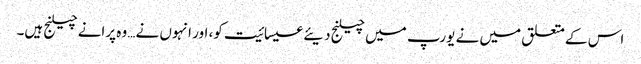
اس کے متعلق میں نے یورپ میں چیلنج دیئے عیسائیت کو، اور انہوں نے… وہ پرانے چیلنج ہیں۔